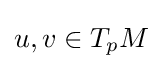
{\textstyle u,v\in T_{p}M}